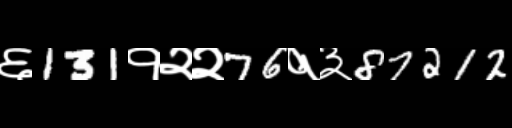
Text: ६131१२२76१३87212